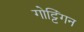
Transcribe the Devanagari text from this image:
गोट्टिंगन